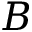
B